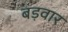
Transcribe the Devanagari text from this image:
बड़वार